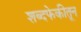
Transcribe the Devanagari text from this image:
शब्दफेकीतून